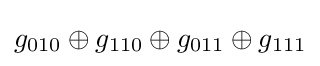
g_{010}\oplus g_{110}\oplus g_{011}\oplus g_{111}